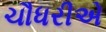
ચૌધરીએ